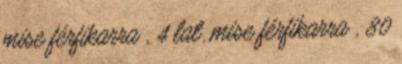
mise férfikarra , 4 lat. mise férfikarra , 80